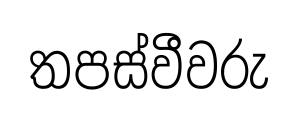
තපස්වීවරු